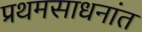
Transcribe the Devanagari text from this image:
प्रथमसाधनांत